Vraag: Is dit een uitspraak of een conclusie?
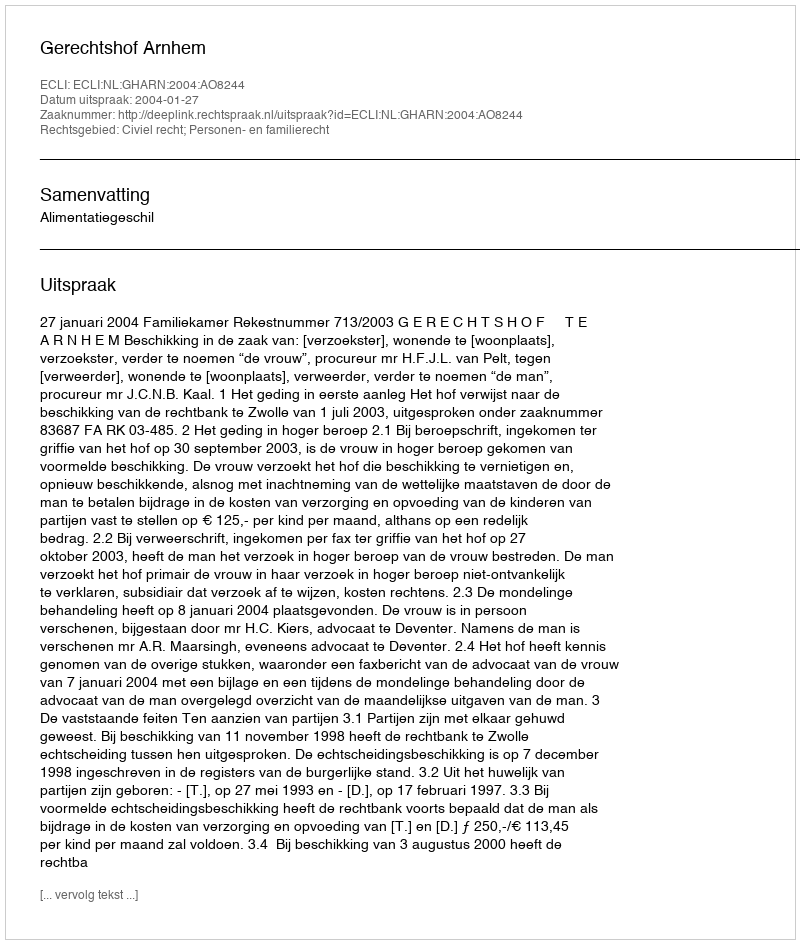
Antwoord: Uitspraak